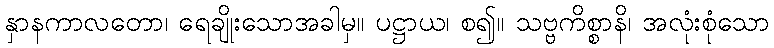
နှာနကာလတော၊ ရေချိုးသောအခါမှ။ ပဋ္ဌာယ၊ စ၍။ သဗ္ဗကိစ္စာနိ၊ အလုံးစုံသော